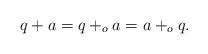
LaTeX: \begin{align*} q + a = q +_o a = a +_o q. \end{align*}